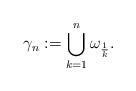
LaTeX: \begin{align*} \gamma_n:=\bigcup_{k=1}^n\omega_{\frac 1 {k}}.\end{align*}